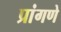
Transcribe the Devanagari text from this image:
प्रांगणे